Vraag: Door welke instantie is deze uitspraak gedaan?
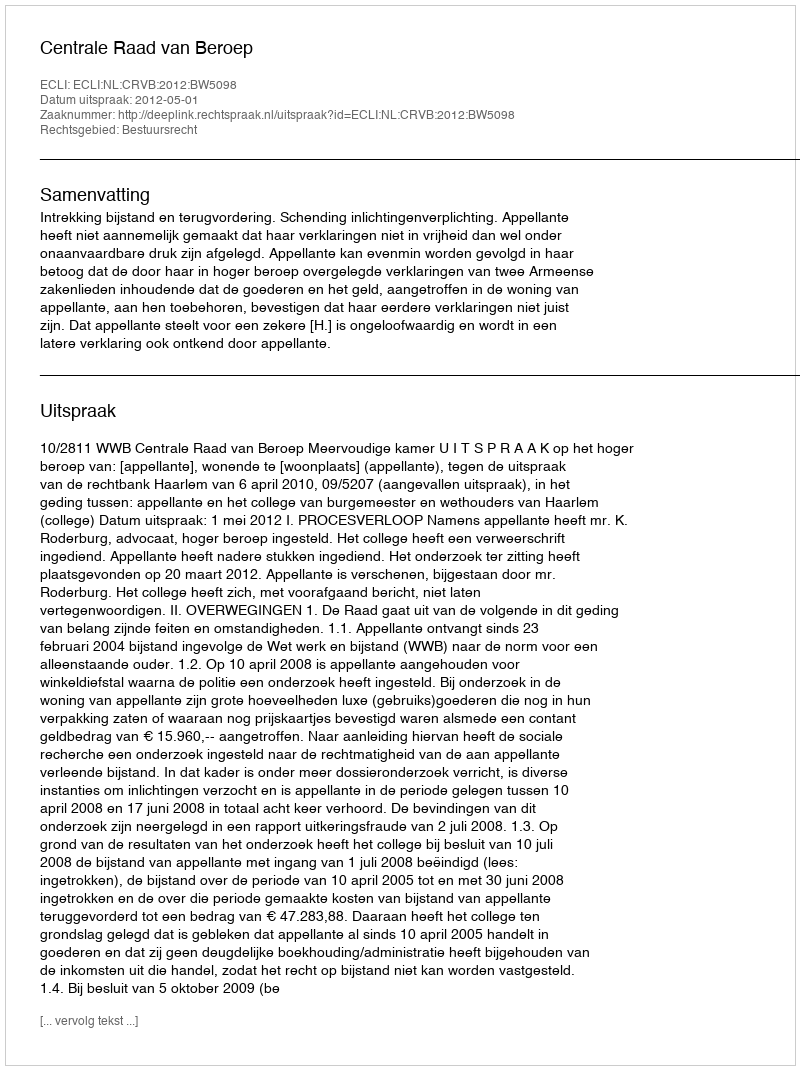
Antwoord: Centrale Raad van Beroep